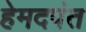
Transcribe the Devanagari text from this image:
हेमदपंत